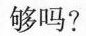
够吗?